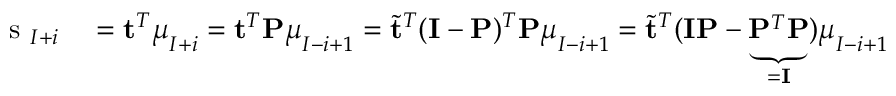
\begin{array} { r l } { \mathrm { ~ s ~ } _ { I + i } } & { { } = \mathbf { t } ^ { T } \boldsymbol { \mu } _ { I + i } = \mathbf { t } ^ { T } \mathbf { P } \boldsymbol { \mu } _ { I - i + 1 } = \tilde { \mathbf { t } } ^ { T } ( \mathbf { I } - \mathbf { P } ) ^ { T } \mathbf { P } \boldsymbol { \mu } _ { I - i + 1 } = \tilde { \mathbf { t } } ^ { T } ( \mathbf { I } \mathbf { P } - \underbrace { \mathbf { P } ^ { T } \mathbf { P } } _ { = \mathbf { I } } ) \boldsymbol { \mu } _ { I - i + 1 } } \end{array}